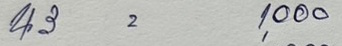
43 = 1,000